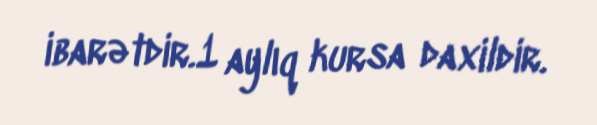
ibarətdir.1 aylıq kursa daxildir.